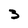
Character: 3